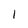
Character: I